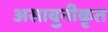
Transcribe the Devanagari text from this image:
असाबुनीकृत